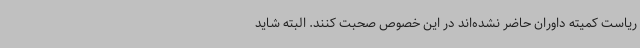
ریاست کمیته داوران حاضر نشده‌اند در این خصوص صحبت کنند. البته شاید